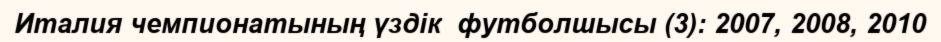
Италия чемпионатының үздік  футболшысы (3): 2007, 2008, 2010